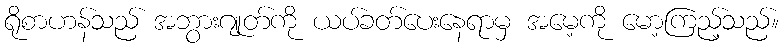
ရိုစာဟန်သည် အဘွားဂျုတ်ကို ယပ်ခတ်ပေးနေရာမှ အမေ့ကို မော့ကြည့်သည်။